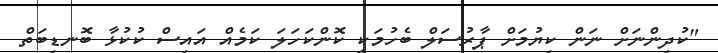
"ކުދިންނަށް ނަން ކިޔުމަށް ޕާރުސަލް ބެހުމަކީ ކޮންކަހަލަ ކަމެއް އައިސް ކުކުޅާ ބޮނޑިބަތް